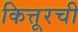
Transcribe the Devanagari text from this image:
कित्तूरची